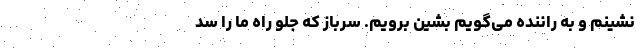
‌نشینم و به راننده می‌گویم بشین برویم‌. سرباز که جلو راه ما را سد